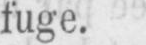
fuge.